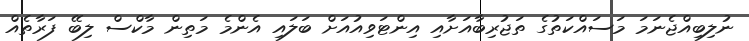
ނުލިބިއްޖެނަމަ މަސައްކަތުގެ ތަޖުރިބާއަށާއި އިންޓަވިއުއަށް ބަލައިި އެންމެ މަތިން މާކްސް ލިބޭ ފަރާތެއް